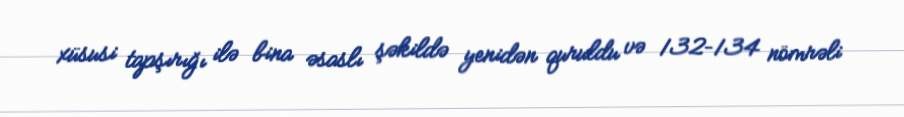
xüsusi tapşırığı ilə bina əsaslı şəkildə yenidən quruldu və 132–134 nömrəli